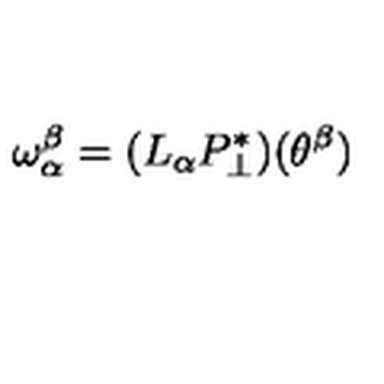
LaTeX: \omega _ { \alpha } ^ { \beta } = ( L _ { \alpha } P _ { \perp } ^ { * } ) ( \theta ^ { \beta } )